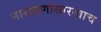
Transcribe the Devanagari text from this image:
नारायणासारखाच